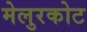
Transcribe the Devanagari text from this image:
मेलुरकोट